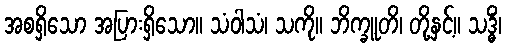
အစရှိသော အပြားရှိသော။ သံဝါသံ၊ သကို။ ဘိက္ခူတိ၊ တို့နှင့်။ သဒ္ဓိံ၊